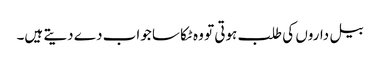
بیل داروں کی طلب ہوتی تو وہ ٹکا سا جواب دے دیتے ہیں۔